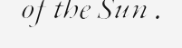
of the Sun .